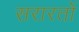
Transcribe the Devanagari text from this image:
सरारतों